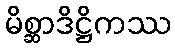
မိစ္ဆာဒိဋ္ဌိကဿ